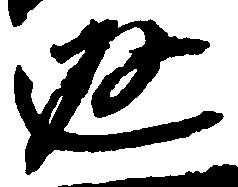
返